Vaccination in Burma 1889-1999 - 1889-1999
Year: 1889
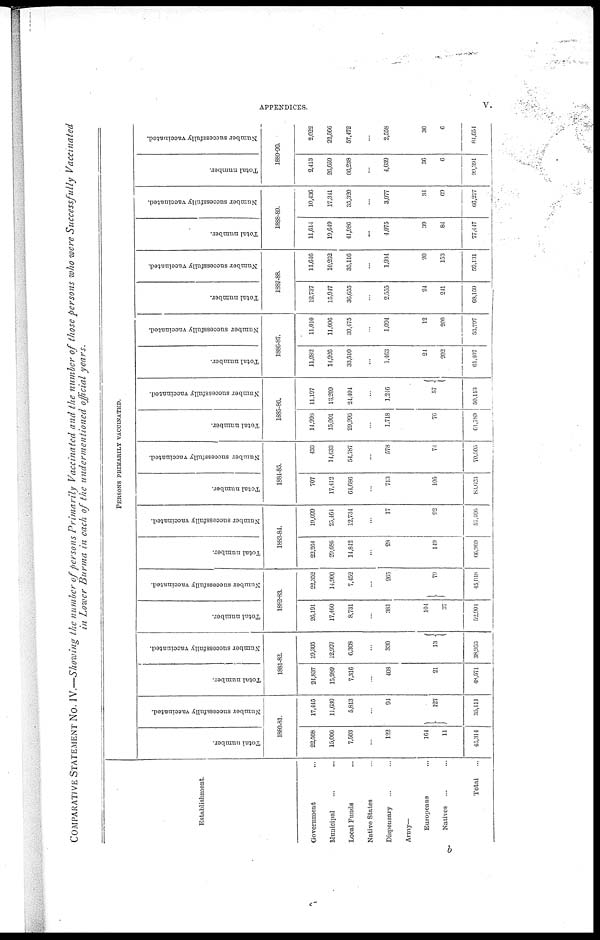
APPENDICES.
v.
COMPARATIVE STATEMENT No. IV.—Showing the number of persons Primarily Vaccinated and the number of those persons who were Successfully Vaccinated
in Lower Burma in each of the undermentioned official years.
Establishment.
Government ...
Municipal ... ...
Local Funds ...
Native States ...
Dispensary ... ...
Army—
Europeans ...
Natives ... ...
Total ...
PERSONS PRIMARILY VACCINATED.
Total number.
Number successfully vaccinated.
1880-81.
22,508
15,006
7,503
...
122
164
11
45,314
17,445
11,630
5,813
...
94
127
35,111
Total number.
Number successfully vaccinated.
1881-82.
24,837
15,989
7,316
...
408
21
48,571
19,305
12,997
6,308
...
330
13
38,953
Total number.
Number successfully vaccinated.
1882-83.
26,191
17,460
8,731
...
381
104
37
52,904
22,352
14,900
7,452
...
265
79
45,048
Total number.
Number successfully vaccinated.
1883-84.
22,264
29,686
14,842
...
28
149
66,969
19,099
25,464
12,734
...
17
92
57,406
Total number.
Number successfully vaccinated.
1884-85.
707
17,412
64,686
...
713
105
83,623
433
14,633
54,787
...
578
71
70,505
Total number.
Number successfully vaccinated.
1885-86.
14,998
15,001
29,996
...
1,718
76
61,789
11,197
13,209
24,404
...
1,246
57
50,113
Total number.
Number successfully vaccinated.
1886-87.
11,282
14,926
33,510
...
1,463
21
202
61,407
11,010
11,006
30,475
...
1,094
12
200
53,797
Total number.
Number successfully vaccinated.
1887-88.
12,737
15,947
36,655
...
2,555
24
241
68,159
11,646
10,262
35,116
...
1,934
20
153
59,131
Total number.
Number successfully vaccinated.
1888-89.
11,614
19,649
41,986
...
4,075
39
84
77,447
10,436
17,341
35,320
...
3,077
34
69
66,277
Total number.
Number successfully vaccinated.
1889-90.
2,413
26,659
66,238
...
4,039
36
6
99,391
2,022
22,566
57,472
...
2,558
30
6
84,651
b